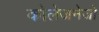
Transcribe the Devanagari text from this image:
कोलेजनेजों